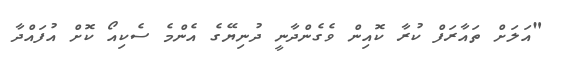
"އަލަށް ތައާރަފް ކުރާ ކޮއިން ވެގެންދާނީ ދުނިޔޭގެ އެންމެ ސެކިއޯ ކޮށް އުފައްދާ